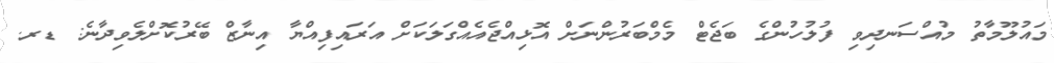
މައުލޫމާތު މުއްސަނދިވި ފުލުހުންގެ ބަޖެޓް މެމްބަރުންނަށް އޮޅިއްޖެއެއްގަލަކަށް އަރައިފިއްޔާ އިނާޒް ބޭރުކޮށްލެވިދާނެ: ޑރ.